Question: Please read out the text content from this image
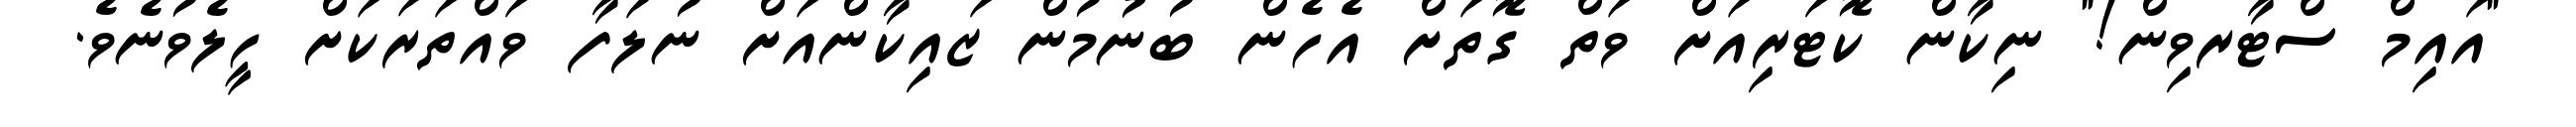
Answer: "އައިމް ސްޓާރވިން!" ނިކާން ކޮޓަރިއަށް ވަތް ގޮތަށް އެހެން ބުނުމުން ޒައިކާންއަށް ނުލަފާ ވައްތަރަކަށް ހީލެވުނެވެ.